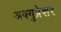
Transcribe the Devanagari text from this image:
अक्युप्रेशर